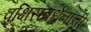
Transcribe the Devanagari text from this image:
पक्षिसंवर्धनाची